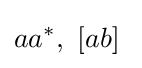
aa^{*},\ [ab]\